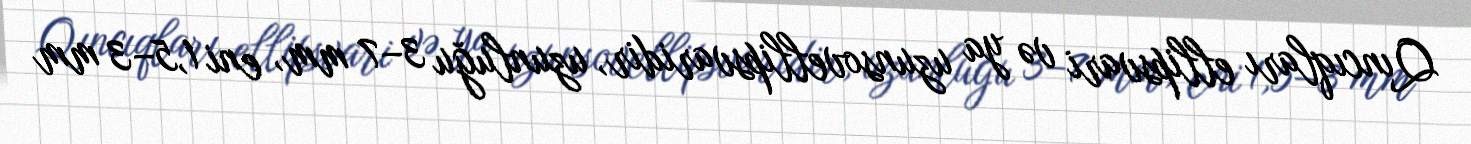
Qıncıqları ellipsvari və ya uzunsovellipsvaridir, uzunluğu 3–7 mm, eni 1,5–3 mm